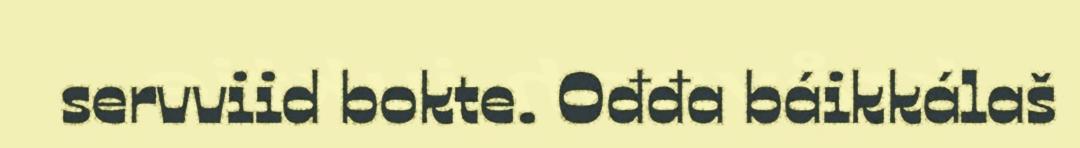
servviid bokte. Ođđa báikkálaš